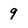
Character: 9